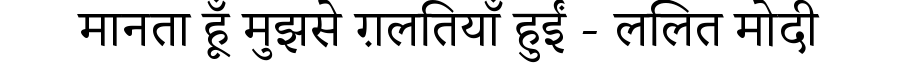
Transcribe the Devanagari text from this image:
मानता हूँ मुझसे ग़लतियाँ हुईं - ललित मोदी